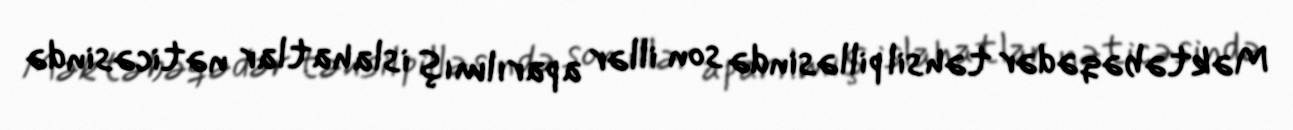
Məktəbəqədər təhsil pilləsində son illər aparılmış islahatlar nəticəsində